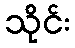
သိုင်း